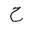
Letter: _ha